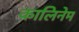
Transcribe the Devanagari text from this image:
कालिनेम